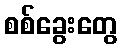
စစ်ခွေးတွေ